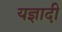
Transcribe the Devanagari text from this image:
यज्ञादी